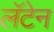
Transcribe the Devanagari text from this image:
लॅटेन